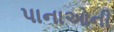
પાનાઓની